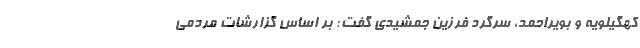
کهگیلویه و بویراحمد، سرگرد فرزین جمشیدی گفت: بر اساس گزارشات مردمی